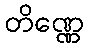
တိဏ္ဏေ